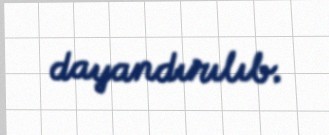
dayandırılıb.